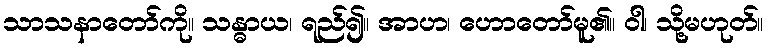
သာသနာတော်ကို။ သန္ဓာယ၊ ရည်၍။ အာဟ၊ ဟောတော်မူ၏။ ဝါ၊ သို့မဟုတ်။